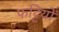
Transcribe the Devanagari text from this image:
फट्टियों